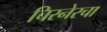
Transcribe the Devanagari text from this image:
चिरनेरचा